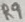
Text: R9